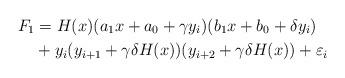
LaTeX: \begin{align*}F_1 &= H(x) (a_1 x + a_0 + \gamma y_i) (b_1 x + b_0 + \delta y_i) \\&{} + y_i (y_{i+1} + \gamma \delta H(x)) (y_{i+2} + \gamma \delta H(x)) + \varepsilon_i \end{align*}